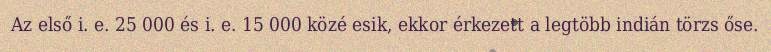
Az első i. e. 25 000 és i. e. 15 000 közé esik, ekkor érkezett a legtöbb indián törzs őse.